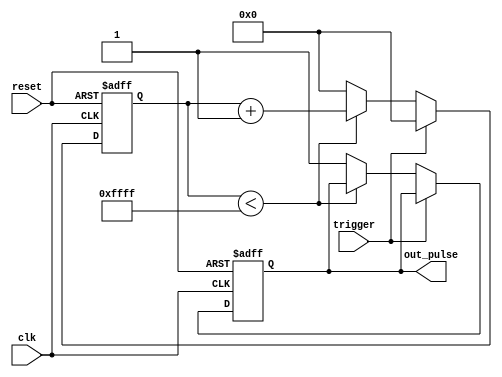
module one_shot_timer (
    input trigger,
    input clk,
    input reset,

    output reg out_pulse
);

reg [15:0] count;
parameter duration = 16'hFFFF;

always @(posedge clk or posedge reset) begin
    if (reset) begin
        count <= 16'd0;
        out_pulse <= 1'b0;
    end else begin
        if (trigger) begin
            count <= 16'd0;
        end else begin
            if (count < duration) begin
                count <= count + 1;
            end else begin
                count <= 16'd0;
                out_pulse <= 1'b1;
            end
        end
    end
end

endmodule